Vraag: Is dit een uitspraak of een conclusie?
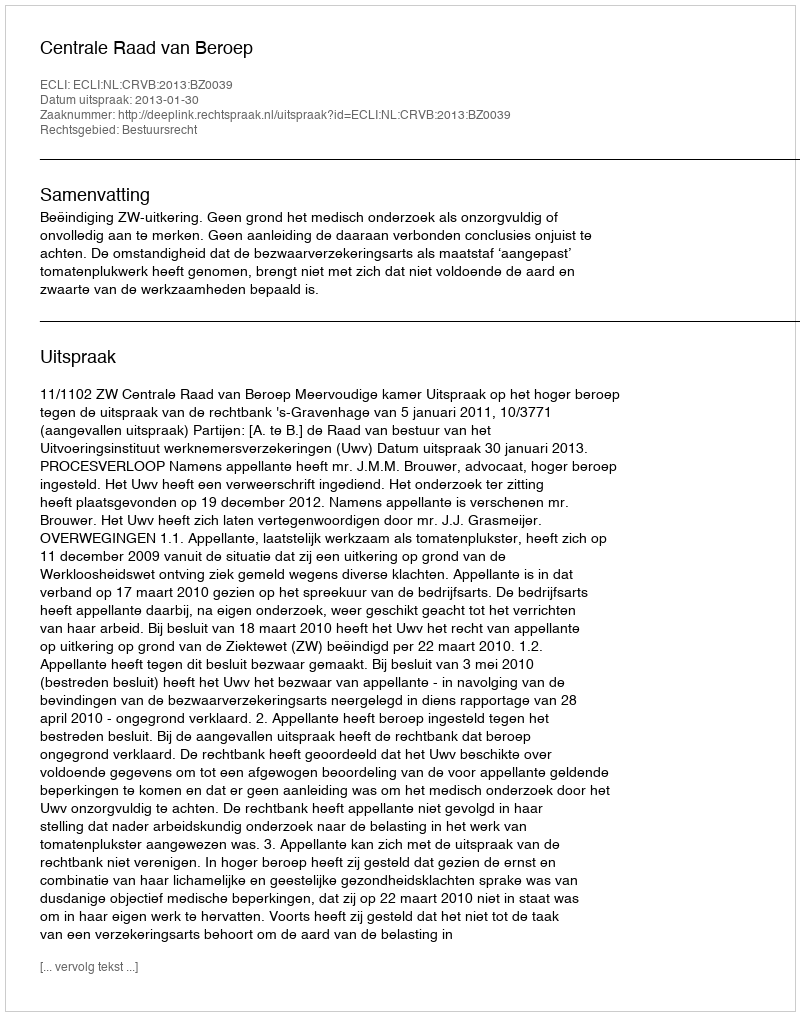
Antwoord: Uitspraak